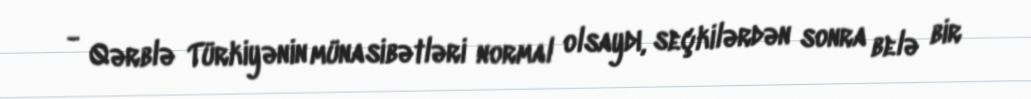
- Qərblə Türkiyənin münasibətləri normal olsaydı, seçkilərdən sonra belə bir